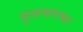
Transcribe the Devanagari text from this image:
गुलचगच्या